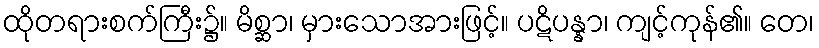
ထိုတရားစက်ကြီး၌။ မိစ္ဆာ၊ မှားသောအားဖြင့်။ ပဋိပန္နာ၊ ကျင့်ကုန်၏။ တေ၊